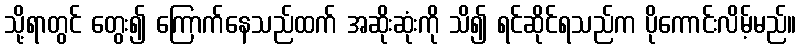
သို့ရာတွင် တွေး၍ ကြောက်နေသည်ထက် အဆိုးဆုံးကို သိ၍ ရင်ဆိုင်ရသည်က ပိုကောင်းလိမ့်မည်။